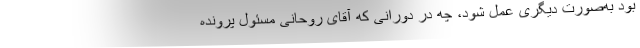
بود به‌صورت دیگری عمل شود، چه در دورانی که آقای روحانی مسئول پرونده